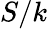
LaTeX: S/k